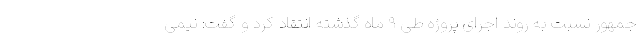
جمهور نسبت به روند اجرای پروژه طی ۹ ماه گذشته انتقاد کرد و گفت: نیمی